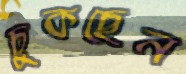
চুকছেন